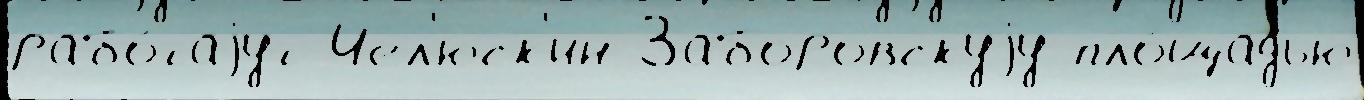
рабо́таjут Чел'юск'ин Заборовскуjу пло́щадью